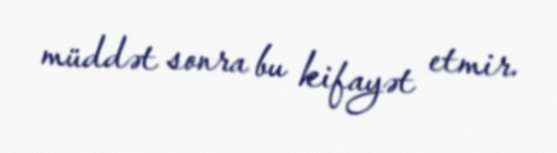
müddət sonra bu kifayət etmir.